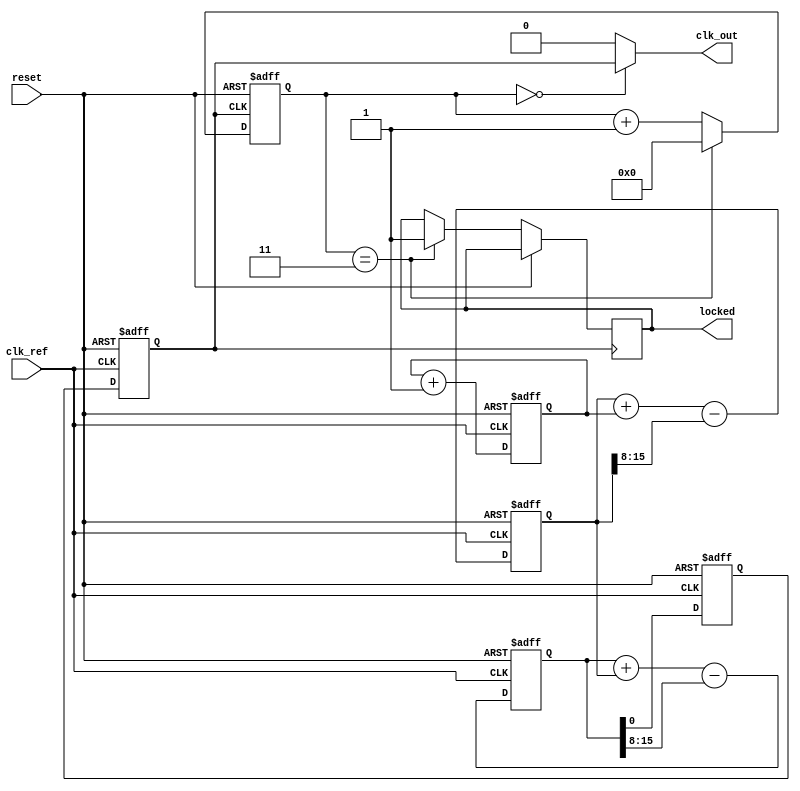
module dual_loop_pll (
    input wire clk_ref,          // Reference clock input
    input wire reset,            // Reset signal
    output wire clk_out,         // Output clock
    output wire locked           // Lock indicator
);

    // Parameters
    parameter integer DIV_RATIO = 4; // Division ratio for feedback
    parameter integer N = 8;           // Loop filter coefficients for inner and outer loop

    // Internal signals
    reg [7:0] phase_error;             // Phase error signal
    reg [15:0] control_voltage_inner;   // Control voltage for the inner loop
    reg [15:0] control_voltage_outer;   // Control voltage for the outer loop
    reg [15:0] vco_output;              // VCO output frequency control
    reg [3:0] feedback_counter;         // Feedback counter for division
    reg vco_clk;                        // VCO clock output
    reg locked_reg;                     // Lock status

    // Phase Detector (PD)
    always @(posedge clk_ref or posedge reset) begin
        if (reset) begin
            phase_error <= 0;
        end else begin
            // Assuming we have a function to calculate phase error (not implemented here)
            // Example: phase_error <= calculate_phase_error(clk_ref, vco_clk);
            // For simplicity, we use a placeholder
            phase_error <= phase_error + 1; // Dummy implementation
        end
    end

    // Inner Loop Filter (LF)
    always @(posedge clk_ref or posedge reset) begin
        if (reset) begin
            control_voltage_inner <= 0;
        end else begin
            control_voltage_inner <= control_voltage_inner + phase_error - (control_voltage_inner >> N);
        end
    end

    // Outer Loop Filter (LF)
    always @(posedge clk_ref or posedge reset) begin
        if (reset) begin
            control_voltage_outer <= 0;
        end else begin
            control_voltage_outer <= control_voltage_outer + control_voltage_inner - (control_voltage_outer >> N);
        end
    end

    // Voltage-Controlled Oscillator (VCO)
    always @(posedge clk_ref or posedge reset) begin
        if (reset) begin
            vco_output <= 0;
            vco_clk <= 0;
        end else begin
            // Simple linear frequency control based on control voltage
            vco_output <= control_voltage_outer; // Dummy implementation
            vco_clk <= vco_output[0]; // Output a clock signal based on VCO output
        end
    end

    // Feedback Divider
    always @(posedge vco_clk or posedge reset) begin
        if (reset) begin
            feedback_counter <= 0;
        end else if (feedback_counter == (DIV_RATIO - 1)) begin
            feedback_counter <= 0;
            locked_reg <= 1; // Set locked when feedback is stable
        end else begin
            feedback_counter <= feedback_counter + 1;
        end
    end

    assign clk_out = feedback_counter == 0 ? vco_clk : 1'b0; // Output clock based on division
    assign locked = locked_reg; // Lock status output

endmodule